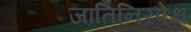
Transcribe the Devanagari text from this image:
जातिनिरपेक्ष